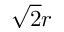
{ \sqrt { 2 } } r